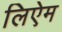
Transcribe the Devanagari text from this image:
लिऐम